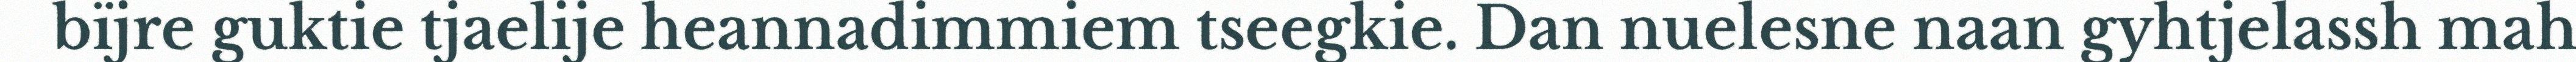
bïjre guktie tjaelije heannadimmiem tseegkie. Dan nuelesne naan gyhtjelassh mah